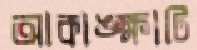
আকাঙ্ক্ষাটি